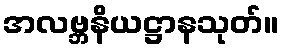
အလဗ္ဘနိယဋ္ဌာနသုတ်။